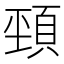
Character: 𩒤